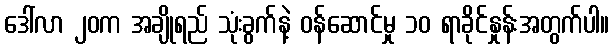
ဒေါ်လာ ၂၀က အချိုရည် သုံးခွက်နဲ့ ဝန်ဆောင်မှု ၁၀ ရာခိုင်နှုန်းအတွက်ပါ။